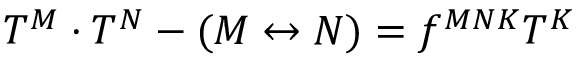
T ^ { M } \cdot T ^ { N } - ( M \leftrightarrow N ) = f ^ { M N K } T ^ { K }